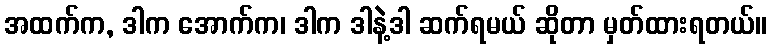
အထက်က, ဒါက အောက်က၊ ဒါက ဒါနဲ့ဒါ ဆက်ရမယ် ဆိုတာ မှတ်ထားရတယ်။